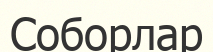
Соборлар